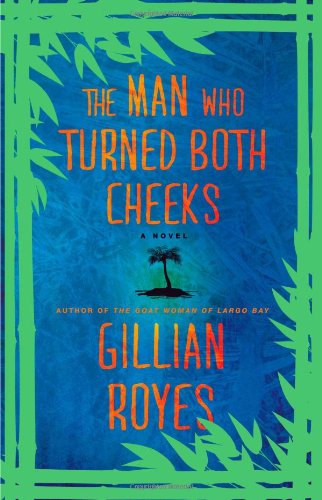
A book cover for The Man Who Turned Both Cheeks: A Novel (A Shadrack Myers Mystery); Gillian Royes; Mystery, Thriller & Suspense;